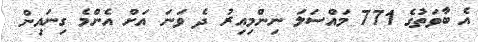
އެ ބާވަތުގެ 771 މައްސަލަ ނިންމިއިރު ދެ ވަނަ އަށް އެންމެ ގިނައިން